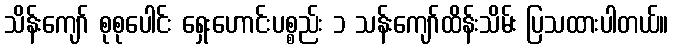
သိန်းကျော် စုစုပေါင်း ရှေးဟောင်းပစ္စည်း ၁ သန်းကျော်ထိန်းသိမ်း ပြသထားပါတယ်။